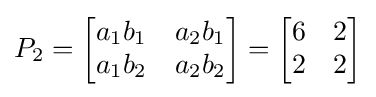
P_{2}={\begin{bmatrix}a_{1}b_{1}&a_{2}b_{1}\\a_{1}b_{2}&a_{2}b_{2}\\\end{bmatrix}}={\begin{bmatrix}6&2\\2&2\\\end{bmatrix}}